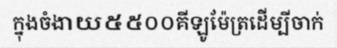
ក្នុងចំងាយ៥៥០០គីឡូម៉ែត្រដើម្បីចាក់